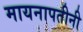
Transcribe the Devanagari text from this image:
मायनापतीनी